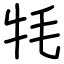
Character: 牦